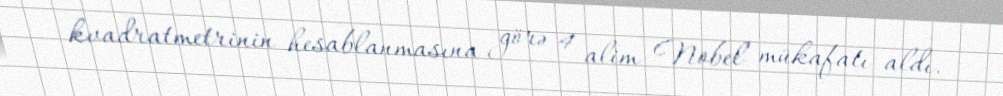
kvadratmetrinin hesablanmasına görə 4 alim Nobel mükafatı aldı.